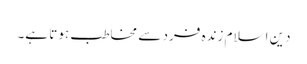
دین اسلام زندہ فرد سے مخاطب ہوتا ہے۔